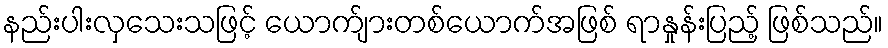
နည်းပါးလှသေးသဖြင့် ယောက်ျားတစ်ယောက်အဖြစ် ရာနှုန်းပြည့် ဖြစ်သည်။